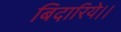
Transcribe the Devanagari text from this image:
बिदारिये।।